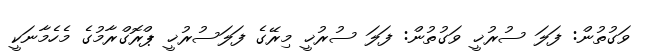
ވަގުތުން: ފަލަ ސުރުޚީ ވަގުތުން: ފަލަ ސުރުޚީ މިރޭގެ ފަލަސުރުޚީ ޕްރޮގްރާމުގެ މެހެމާނަކީ